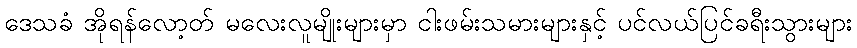
ဒေသခံ အိုရန်လော့တ် မလေးလူမျိုးများမှာ ငါးဖမ်းသမားများနှင့် ပင်လယ်ပြင်ခရီးသွားများ